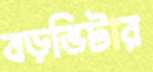
বড়ভিটার